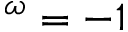
^ \omega = - 1